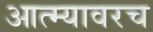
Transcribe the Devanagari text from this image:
आत्म्यावरच